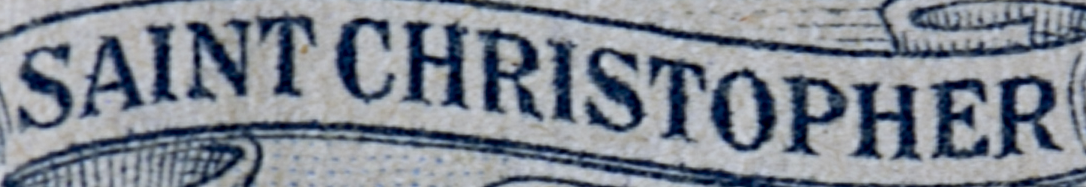
SAINT CHRISTOPHER